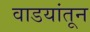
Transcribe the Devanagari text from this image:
वाडयांतून